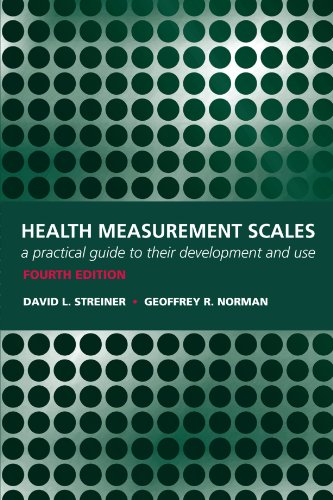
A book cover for Health Measurement Scales: A practical guide to their development and use; David L Streiner; Medical Books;